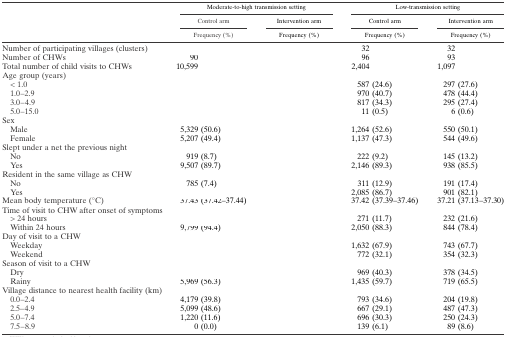
<table><thead><tr><td rowspan="3">[EMPTY_CELL]</td><td colspan="2"><b>Moderate-to-high transmission setting</b></td><td colspan="2"><b>Low-transmission setting</b></td></tr><tr><td><b>Control arm</b></td><td><b>Intervention arm</b></td><td><b>Control arm</b></td><td><b>Intervention arm</b></td></tr><tr><td><b>Frequency (%)</b></td><td><b>Frequency (%)</b></td><td><b>Frequency (%)</b></td><td><b>Frequency (%)</b></td></tr></thead><tbody><tr><td>Number of participating villages (clusters)</td><td>[EMPTY_CELL]</td><td>[EMPTY_CELL]</td><td>32</td><td>32</td></tr><tr><td>Number of CHWs</td><td>90</td><td>[EMPTY_CELL]</td><td>96</td><td>93</td></tr><tr><td>Total number of child visits to CHWs</td><td>10,599</td><td>[EMPTY_CELL]</td><td>2,404</td><td>1,097</td></tr><tr><td colspan="5">Age group (years)</td></tr><tr><td> &lt; 1.0</td><td>[EMPTY_CELL]</td><td>[EMPTY_CELL]</td><td>587 (24.6)</td><td>297 (27.6)</td></tr><tr><td> 1.0–2.9</td><td>[EMPTY_CELL]</td><td>[EMPTY_CELL]</td><td>970 (40.7)</td><td>478 (44.4)</td></tr><tr><td> 3.0–4.9</td><td>[EMPTY_CELL]</td><td>[EMPTY_CELL]</td><td>817 (34.3)</td><td>295 (27.4)</td></tr><tr><td> 5.0–15.0</td><td>[EMPTY_CELL]</td><td>[EMPTY_CELL]</td><td>11 (0.5)</td><td>6 (0.6)</td></tr><tr><td colspan="5">Sex</td></tr><tr><td> Male</td><td>5,329 (50.6)</td><td>[EMPTY_CELL]</td><td>1,264 (52.6)</td><td>550 (50.1)</td></tr><tr><td> Female</td><td>5,207 (49.4)</td><td>[EMPTY_CELL]</td><td>1,137 (47.3)</td><td>544 (49.6)</td></tr><tr><td colspan="5">Slept under a net the previous night</td></tr><tr><td> No</td><td>919 (8.7)</td><td>[EMPTY_CELL]</td><td>222 (9.2)</td><td>145 (13.2)</td></tr><tr><td> Yes</td><td>9,507 (89.7)</td><td>[EMPTY_CELL]</td><td>2,146 (89.3)</td><td>938 (85.5)</td></tr><tr><td colspan="5">Resident in the same village as CHW</td></tr><tr><td> No</td><td>785 (7.4)</td><td>[EMPTY_CELL]</td><td>311 (12.9)</td><td>191 (17.4)</td></tr><tr><td> Yes</td><td>[EMPTY_CELL]</td><td>[EMPTY_CELL]</td><td>2,085 (86.7)</td><td>901 (82.1)</td></tr><tr><td>Mean body temperature (°C)</td><td>37.43 (37.42–37.44)</td><td>[EMPTY_CELL]</td><td>37.42 (37.39–37.46)</td><td>37.21 (37.13–37.30)</td></tr><tr><td colspan="5">Time of visit to CHW after onset of symptoms</td></tr><tr><td> &gt; 24 hours</td><td>[EMPTY_CELL]</td><td>[EMPTY_CELL]</td><td>271 (11.7)</td><td>232 (21.6)</td></tr><tr><td> Within 24 hours</td><td>9,799 (94.4)</td><td>[EMPTY_CELL]</td><td>2,050 (88.3)</td><td>844 (78.4)</td></tr><tr><td colspan="5">Day of visit to a CHW</td></tr><tr><td> Weekday</td><td>[EMPTY_CELL]</td><td>[EMPTY_CELL]</td><td>1,632 (67.9)</td><td>743 (67.7)</td></tr><tr><td> Weekend</td><td>[EMPTY_CELL]</td><td>[EMPTY_CELL]</td><td>772 (32.1)</td><td>354 (32.3)</td></tr><tr><td colspan="5">Season of visit to a CHW</td></tr><tr><td> Dry</td><td>[EMPTY_CELL]</td><td>[EMPTY_CELL]</td><td>969 (40.3)</td><td>378 (34.5)</td></tr><tr><td> Rainy</td><td>5,969 (56.3)</td><td>[EMPTY_CELL]</td><td>1,435 (59.7)</td><td>719 (65.5)</td></tr><tr><td colspan="5">Village distance to nearest health facility (km)</td></tr><tr><td> 0.0–2.4</td><td>4,179 (39.8)</td><td>[EMPTY_CELL]</td><td>793 (34.6)</td><td>204 (19.8)</td></tr><tr><td> 2.5–4.9</td><td>5,099 (48.6)</td><td>[EMPTY_CELL]</td><td>667 (29.1)</td><td>487 (47.3)</td></tr><tr><td> 5.0–7.4</td><td>1,220 (11.6)</td><td>[EMPTY_CELL]</td><td>696 (30.3)</td><td>250 (24.3)</td></tr><tr><td> 7.5–8.9</td><td>0 (0.0)</td><td>[EMPTY_CELL]</td><td>139 (6.1)</td><td>89 (8.6)</td></tr></tbody></table>